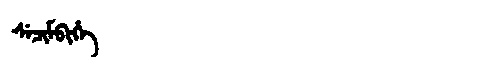
Manchu: ᠰᡝᠴᡳᠮᠪᡳᡥᡝ
Romanization: SECIMBIHE